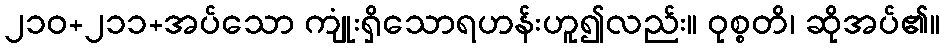
၂၁၀+၂၁၁+အပ်သော ကျုံးရှိသောရဟန်းဟူ၍လည်း။ ဝုစ္စတိ၊ ဆိုအပ်၏။